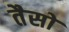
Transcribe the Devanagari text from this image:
तैसो